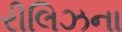
રીલિઝના